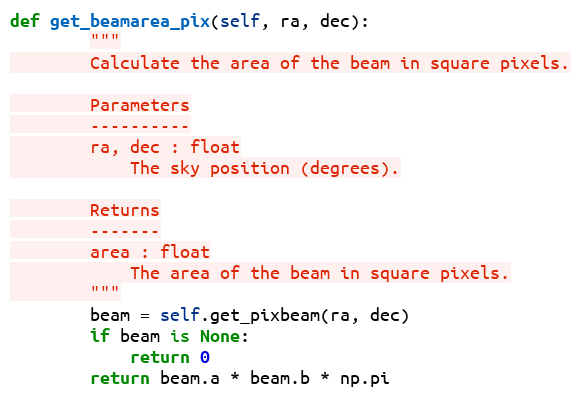
Language: Python
def get_beamarea_pix(self, ra, dec):
        """
        Calculate the area of the beam in square pixels.

        Parameters
        ----------
        ra, dec : float
            The sky position (degrees).

        Returns
        -------
        area : float
            The area of the beam in square pixels.
        """
        beam = self.get_pixbeam(ra, dec)
        if beam is None:
            return 0
        return beam.a * beam.b * np.pi